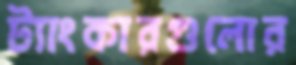
ট্যাংকারগুলোর